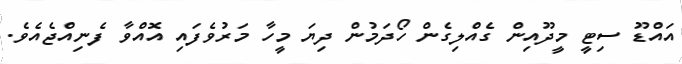
އައްޑޫ ސިޓީ މީދޫއިން ގެއްލިގެން ހޯދަމުން ދިޔަ މީހާ މަރުވެފައި އޮއްވާ ފެނިއްޖެއެވެ.